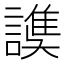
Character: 𧫟